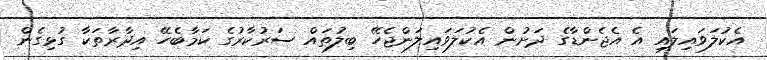
އެކުލަވައިލައި އެ އެޖެންޑާގެ ދަށުން އެކުލަވައިލަންޖެހޭ ބިލުތައް ސަރުކާރުގެ ކަމާބެހޭ އިދާރާތަކާ ގުޅިގެން